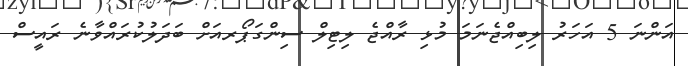
އަންނަ 5 އަހަރު ލިބިއްޖެނަމަ މުޅި ރާއްޖެ ލިޓިލް ސިންގަޕޯރއަށް ބަދަލުކުރައްވާނެ ރައީސް